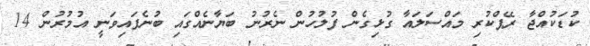
ކުޑަކުއްޖާ ރޭޕްކުރި މައްސަލައާ ގުޅިގެން ފުލުހުން ނެރުނު ބަޔާނެއްގައި ބުނެފައިވަނީ އުމުރުން 14